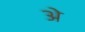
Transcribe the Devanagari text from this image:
अे